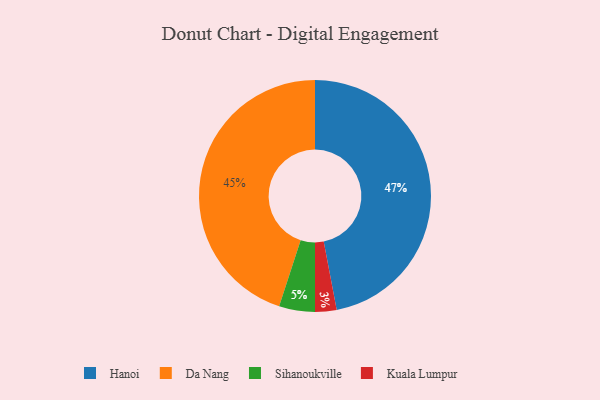
{"axis": {"x": "Category", "y": "Percentage"}, "legend": ["Da Nang", "Hanoi", "Kuala Lumpur", "Sihanoukville"], "data": [{"x": "Da Nang", "y": 45, "type": "Da Nang"}, {"x": "Sihanoukville", "y": 5, "type": "Sihanoukville"}, {"x": "Hanoi", "y": 47, "type": "Hanoi"}, {"x": "Kuala Lumpur", "y": 3, "type": "Kuala Lumpur"}]}